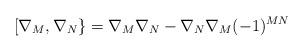
LaTeX: \begin{align*}[\nabla_M,\nabla_N\} = \nabla_M\nabla_N-\nabla_N\nabla_M(-1)^{MN}\end{align*}